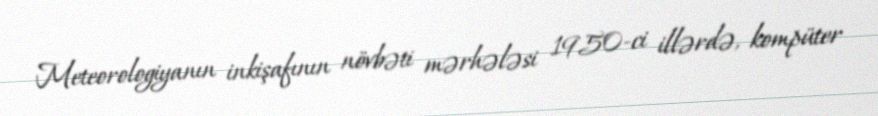
Meteorologiyanın inkişafının növbəti mərhələsi 1950-ci illərdə, kompüter